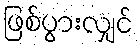
ဖြစ်ပွားလျှင်